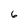
Character: 6